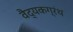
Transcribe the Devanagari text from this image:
वैद्यकग्रंथ